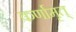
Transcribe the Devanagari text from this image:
कर्णामृत्